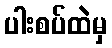
ပါးစပ်ထဲမှ